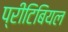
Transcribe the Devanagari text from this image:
प्रीटिबियल